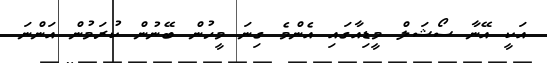
އަކީ އޭނާ ސޯޝަލް މީޑިއާގައި އެންމެ ގިނަ މީހުން ބޭނުން ކުރަމުން އަންނަ